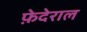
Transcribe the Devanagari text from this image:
फ़ेदेराल